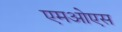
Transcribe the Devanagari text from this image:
एमओएस